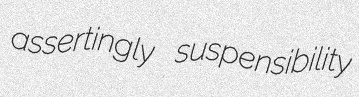
assertingly suspensibility